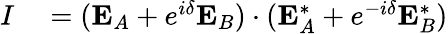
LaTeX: \begin{array}{rl}{I}&{{}=(\mathbf{E}_{A}+e^{i\delta}\mathbf{E}_{B})\cdot(\mathbf{E}_{A}^{\ast}+e^{-i\delta}\mathbf{E}_{B}^{\ast})}\end{array}